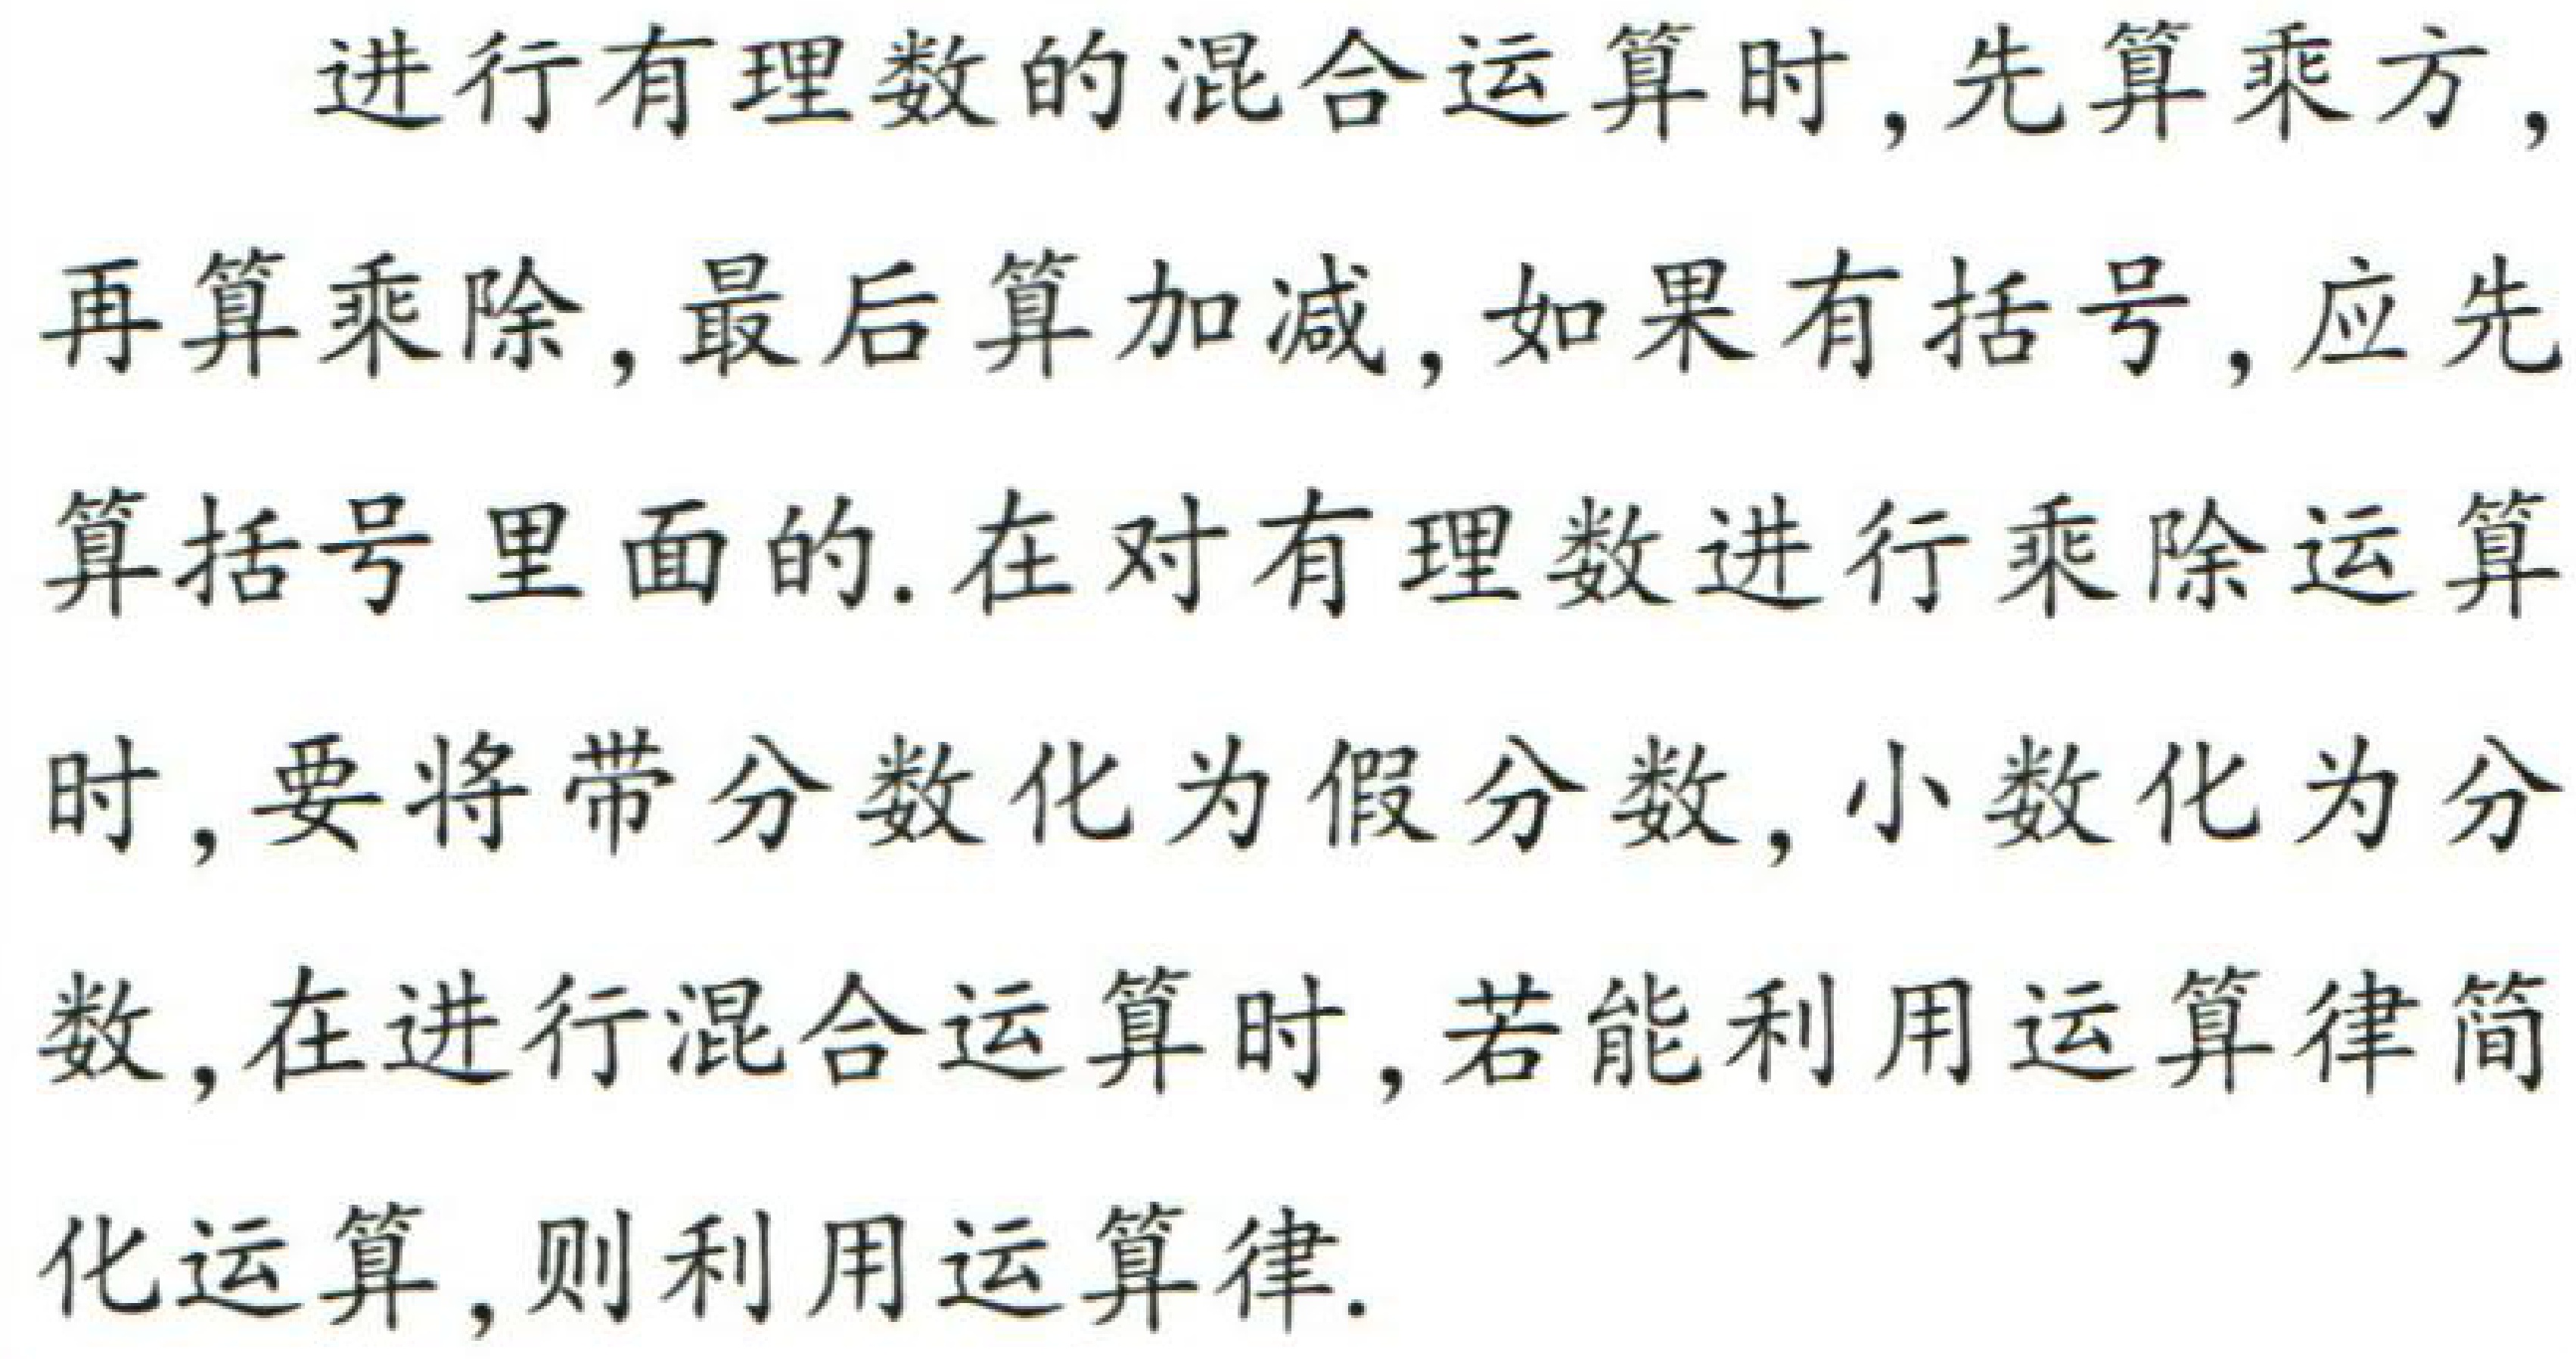
进行有理数的混合运算时,先算乘方,再算乘除,最后算加减,如果有括号,应先算括号里面的.在对有理数进行乘除运算时,要将带分数化为假分数,小数化为分数,在进行混合运算时,若能利用运算律简化运算,则利用运算律.